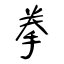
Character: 拳